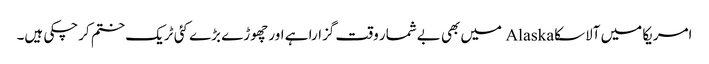
امریکا میں آلاسکا Alaska میں بھی بےشمار وقت گزارا ہے اور چھوڑے بڑے کئی ٹریک ختم کرچکی ہیں۔